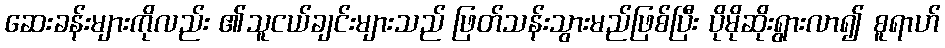
ဆေးခန်းများကိုလည်း ၏သူငယ်ချင်းများသည် ဖြတ်သန်းသွားမည်ဖြစ်ပြီး ပိုမိုဆိုးရွားလာ၍ စူရာဟ်